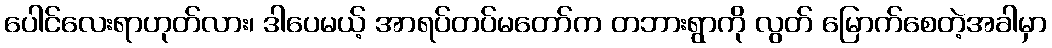
ပေါင်လေးရာဟုတ်လား၊ ဒါပေမယ့် အာရပ်တပ်မတော်က တဘားရွာကို လွတ် မြောက်စေတဲ့အခါမှာ